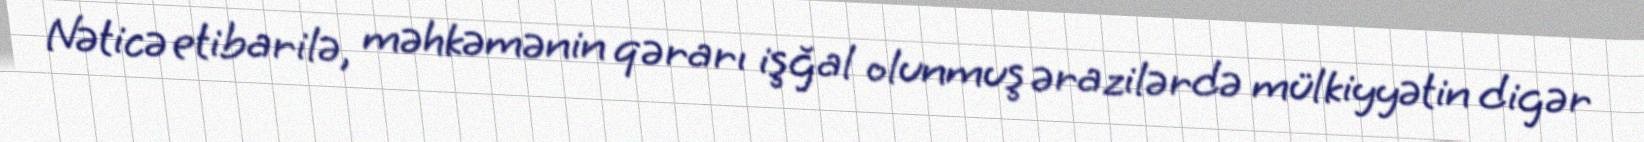
Nəticə etibarilə, məhkəmənin qərarı işğal olunmuş ərazilərdə mülkiyyətin digər